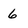
Character: 6